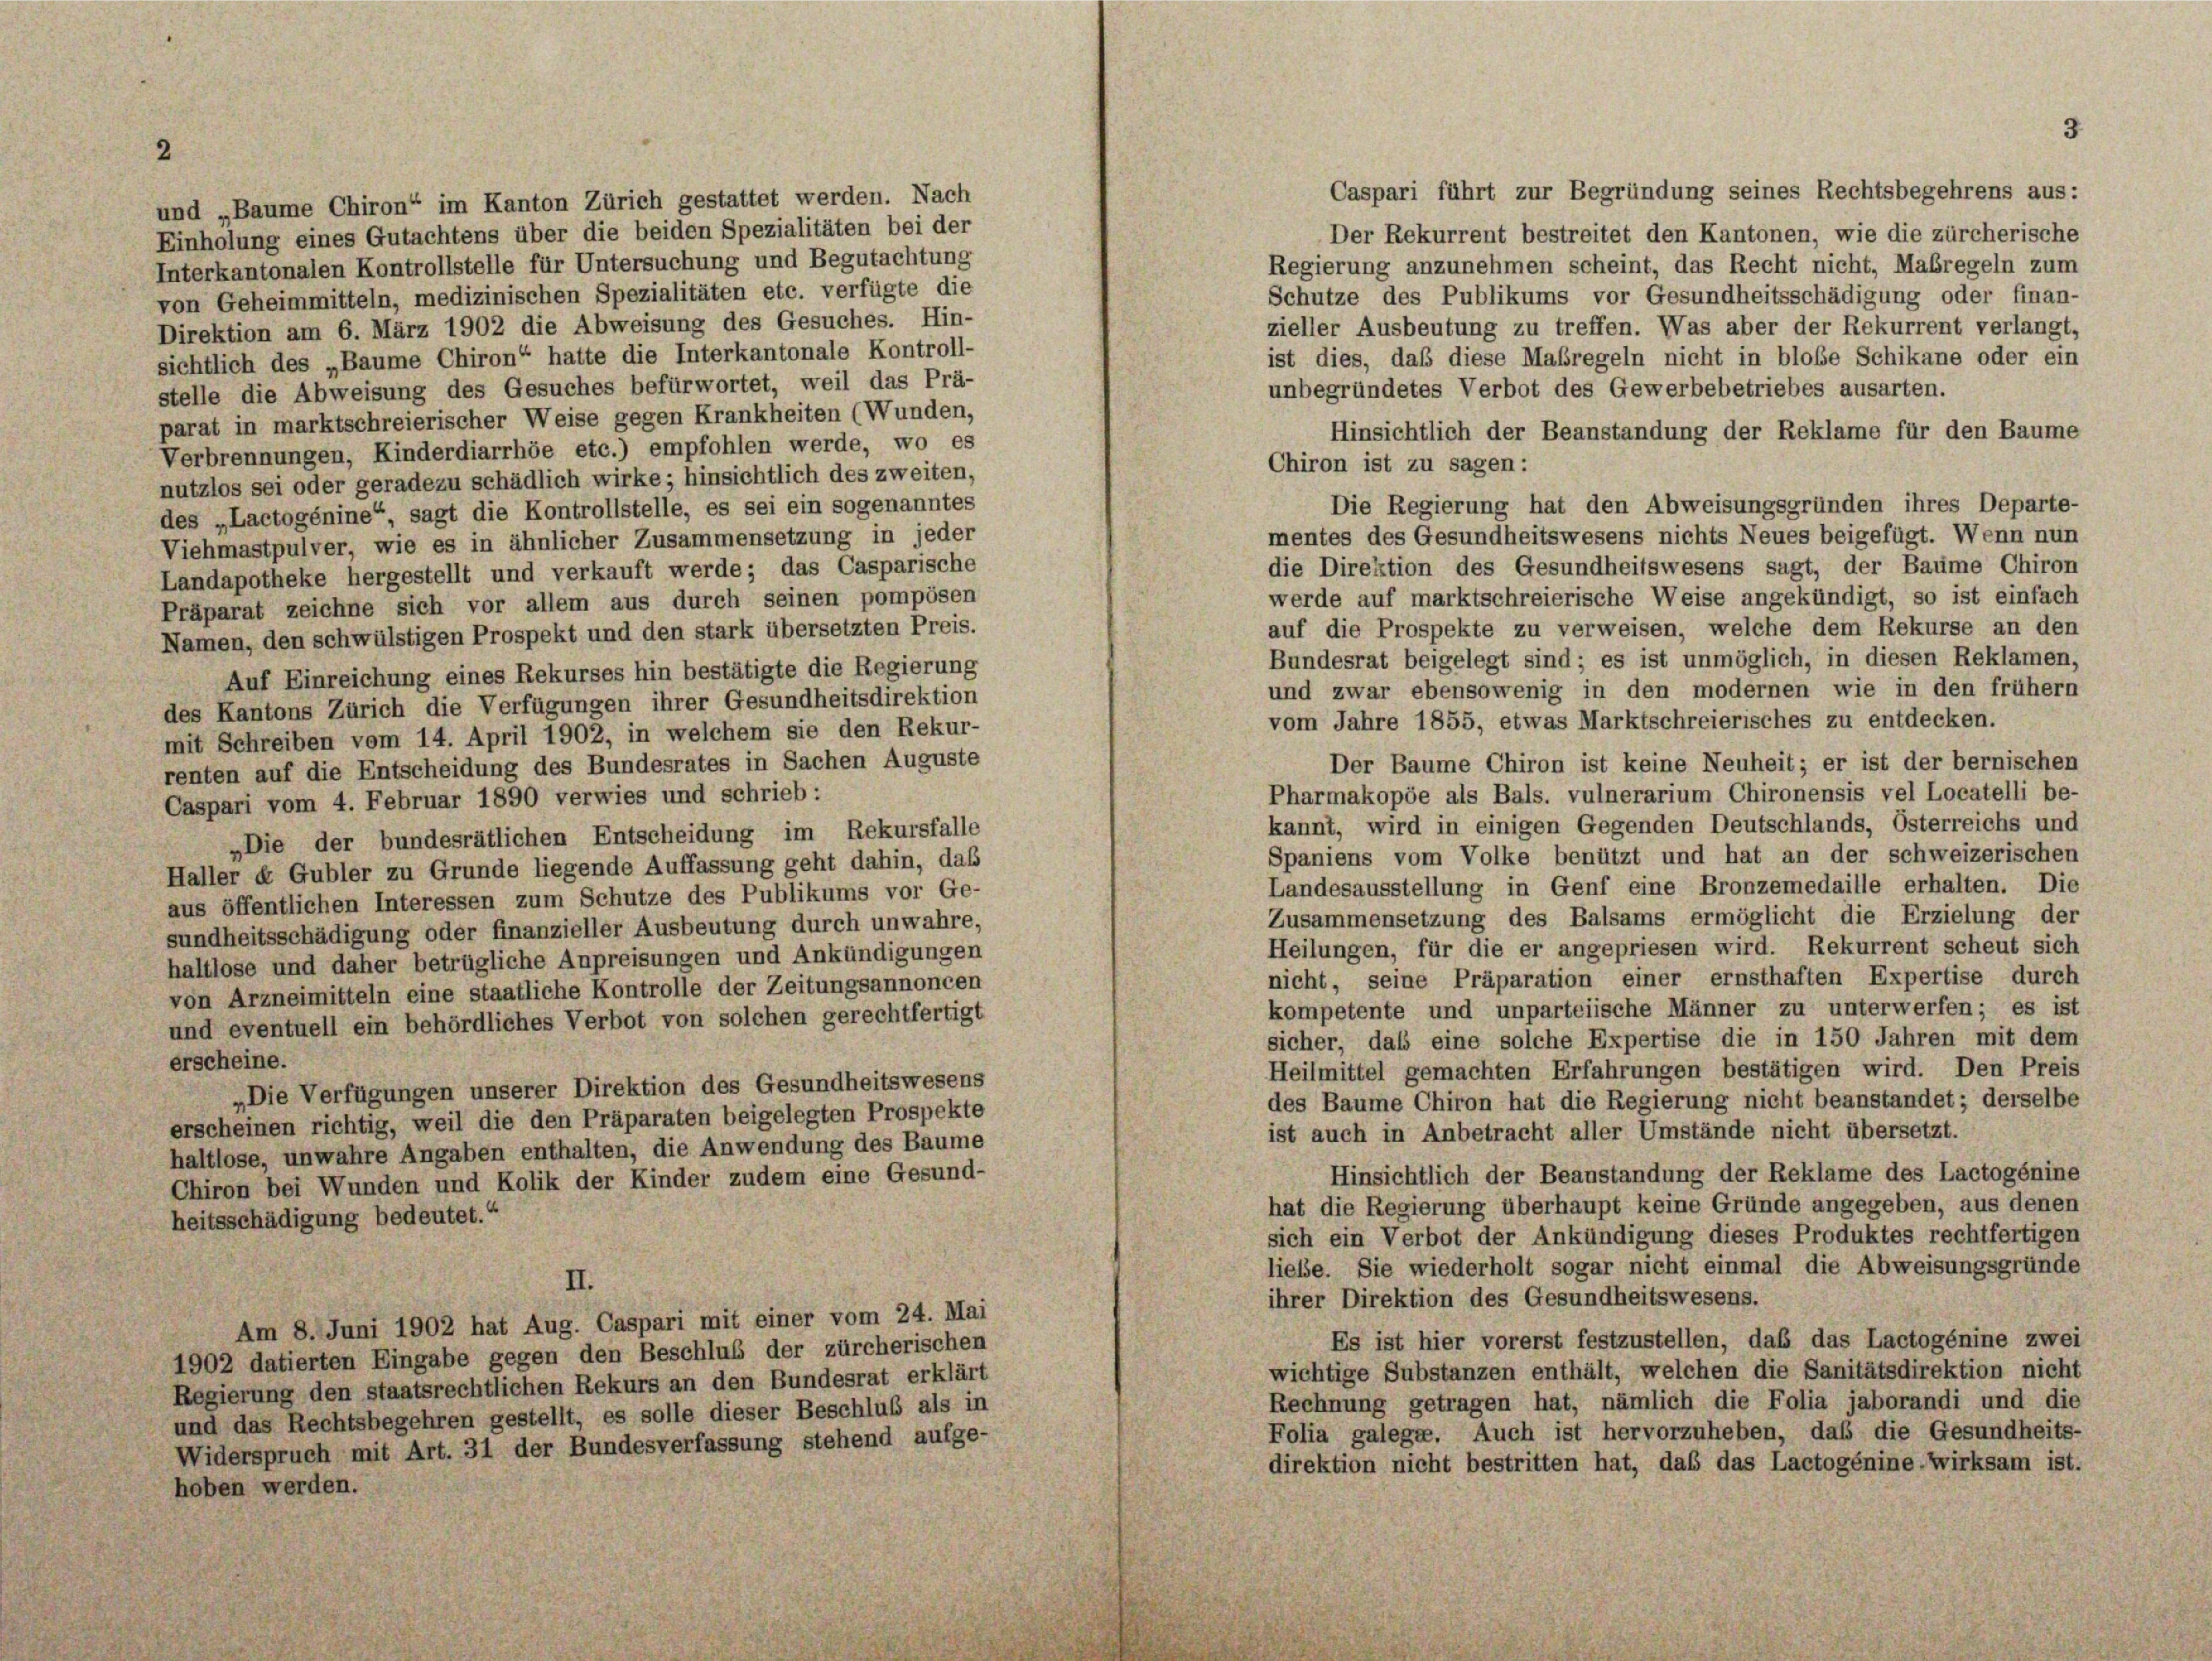
und „Baume Chiron“ im Kanton Zürich gestattet werden. Nach

Caspari führt zur Begründung seines Rechtsbegehrens aus:
Einholung eines Gutachtens über die beiden Spezialitäten bei der
Der Rekurrent bestreitet den Kantonen, wie die zürcherische
Interkantonalen Kontrollstelle für Untersuchung und Begutachtung
Regierung anzunehmen scheint, das Recht nicht, Maßregeln zum
von Geheimmitteln, medizinischen Spezialitäten etc. verfügte die
Schutze des Publikums vor Gesundheitsschädigung oder finan-
Direktion am 6. März 1902 die Abweisung des Gesuches. Hin-
zieller Ausbeutung zu treffen. Was aber der Rekurrent verlangt,
sichtlich des „Baume Chiron“ hatte die Interkantonale Kontroll-
ist dies, daß diese Maßregeln nicht in bloße Schikane oder ein
stelle die Abweisung des Gesuches befürwortet, weil das Prä-
unbegründetes Verbot des Gewerbebetriebes ausarten.
parat in marktschreierischer Weise gegen Krankheiten (Wunden.
Hinsichtlich der Beanstandung der Reklame für den Baume
Verbrennungen, Kinderdiarrhöe etc.) empfohlen werde, wo es
nutzlos sei oder geradezu schädlich wirke; hinsichtlich des zweiten,
des „Lactogénine“, sagt die Kontrollstelle, es sei ein sogenanntes
Viehmastpulver, wie es in ähnlicher Zusammensetzung in jeder
Landapotheke hergestellt und verkauft werde; das Casparische
werde auf marktschreierische Weise angekündigt, so ist einfach
Präparat zeichne sich vor allem aus durch seinen pompösen
auf die Prospekte zu verweisen, welche dem Rekurse an den
Namen, den schwülstigen Prospekt und den stark übersetzten Preis.
Bundesrat beigelegt sind; es ist unmöglich, in diesen Reklamen
Auf Einreichung eines Rekurses hin bestätigte die Regierung
und zwar ebensowenig in den modernen wie in den frühem
des Kantons Zürich die Verfügungen ihrer Gesundheitsdirektion
vom Jahre 1855, etwas Marktschreierisches zu entdecken.
mit Schreiben vom 14. April 1902, in welchem sie den Rekur-
Der Baume Chiron ist keine Neuheit; er ist der bernischen
renten auf die Entscheidung des Bundesrates in Sachen Auguste
Pharmakopöe als Bals, vulnerarium Chironensis vel Locatelli be-
Caspari vom 4. Februar 1890 verwies und schrieb:
kannt, wird in einigen Gegenden Deutschlands, Österreichs und
„Die der bundesrätlichen Entscheidung im Rekursfalle
Spaniens vom Volke benützt und hat an der schweizerischen
Haller ex Gubler zu Grunde liegende Auffassung geht dahin, daß
Landesausstellung in Genf eine Bronzemedaille erhalten. Die
aus öffentlichen Interessen zum Schutze des Publikums vor Ge-
Zusammensetzung des Balsams ermöglicht die Erzielung der
sundheitsschädigung oder finanzieller Ausbeutung durch unwahre,
Heilungen, für die er angepriesen wird. Rekurrent scheut sich
haltlose und daher betrügliche Anpreisungen und Ankündigungen
nicht, seine Präparation einer ernsthaften Expertise durch
von Arzneimitteln eine staatliche Kontrolle der Zeitungsannoncen
kompetente und unparteiische Männer zu unterwerfen; es ist
und eventuell ein behördliches Verbot von solchen gerechtfertigt
sicher, daß eine solche Expertise die in 150 Jahren mit dem
erscheine.
Heilmittel gemachten Erfahrungen bestätigen wird. Den Preis
„Die Verfügungen unserer Direktion des Gesundheitswesens
des Baume Chiron hat die Regierung nicht beanstandet; derselbe
erscheinen richtig, weil die den Präparaten beigelegten Prospekte
ist auch in Anbetracht aller Umstände nicht übersetzt.
haltlose, unwahre Angaben enthalten, die Anwendung des Baume
Hinsichtlich der Beanstandung der Reklame des Lactogénine
Chiron bei Wunden und Kolik der Kinder zudem eine Gesund-
hat die Regierung überhaupt keine Gründe angegeben, aus denen
heitsschädigung bedeutet.“
sich ein Verbot der Ankündigung dieses Produktes rechtfertigen
liebe. Sie wiederholt sogar nicht einmal die Abweisungsgründe
II.
ihrer Direktion des Gesundheitswesens.
Am 8. Juni 1902 hat Aug. Caspari mit einer vom 24. Mai
Es ist hier vorerst festzustellen, daß das Lactogénine zwei
1902 datierten Eingabe gegen den Beschluß der zürcherischen
wichtige Substanzen enthält, welchen die Sanitätsdirektion nicht
Regierung den staatsrechtlichen Rekurs an den Bundesrat erklärt
Rechnung getragen hat, nämlich die Folia jaborandi und die
und das Rechtsbegehren gestellt, es solle dieser Beschluß als in
Folia galegte. Auch ist hervorzuheben, das die Gesundheits-
Widerspruch mit Art. 31 der Bundesverfassung stehend aufge-
direktion nicht bestritten hat, daß das Lactogénine-Wirksam ist.
hoben werden.

Chiron ist zu sagen:
Die Regierung hat den Abweisungsgründen ihres Departe-
mentes des Gesundheitswesens nichts Neues beigefügt. Wenn nun
die Direktion des Gesundheitswesens sagt, der Baume Chiron